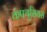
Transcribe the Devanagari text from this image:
कंफ्यूसियस